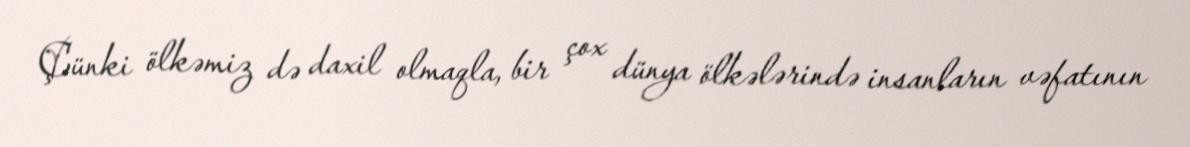
Çünki ölkəmiz də daxil olmaqla, bir çox dünya ölkələrində insanların vəfatının